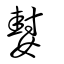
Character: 㜂